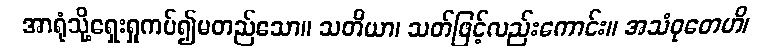
အာရုံသို့ရှေးရှုကပ်၍မတည်သော။ သတိယာ၊ သတ်ဖြင့်လည်းကောင်း။ အသံဝုတေဟိ၊